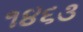
૧૪૬૩